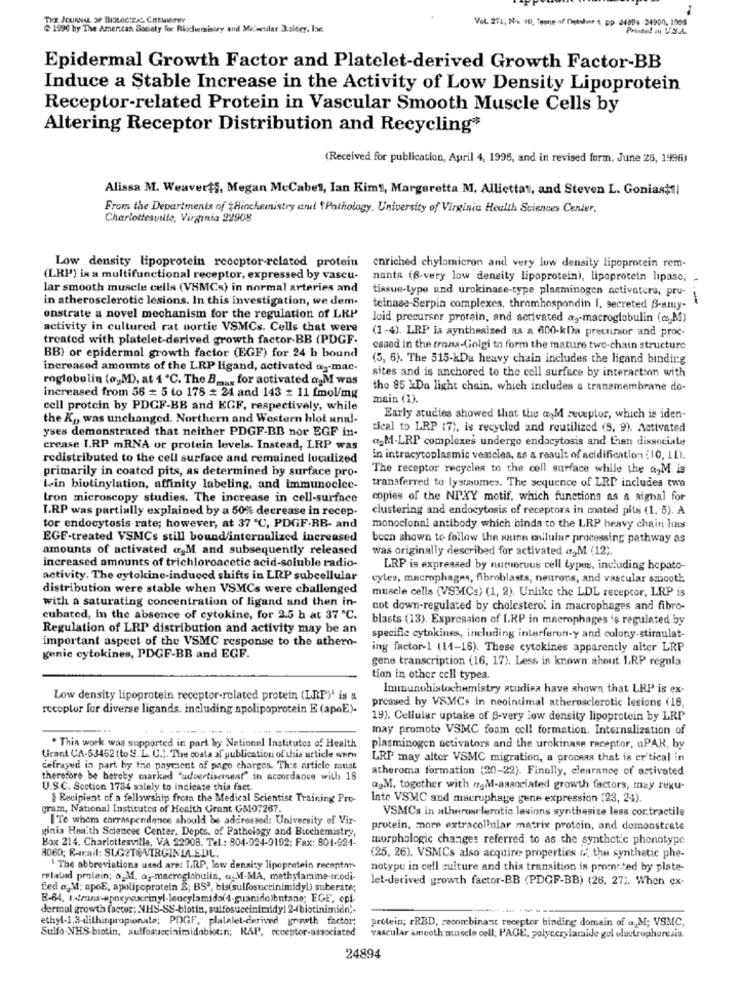
THE JOURNAL OF BIOLOGICAL. CHEMISTRY
Vel. 271, Nia ID, femme of fietshar 4, pp 21804 -24900, 1005
@ 1996 by The American Society for Riochemistry and Me'ncular Dolory. Ise.
Printed on VSA
Epidermal Growth Factor and Platelet-derived Growth Factor-BB
Induce a Stable Increase in the Activity of Low Density Lipoprotein
Receptor-related Protein in Vascular Smooth Muscle Cells by
Altering Receptor Distribution and Recycling*
(Received for publication, April 4, 1996, and in revised form. June 26, 1996)
Alissa M. Weaverts, Megan McCabel, Ian Kims, Margaretta M. Alliettas, and Steven L. Gonias;sl
From the Departments of Biochemistry anul Pathology. University of Virginia Health Sciences Center.
Charlottesville, Virginia 22908
Low density lipoprotein receptor-related protein
enriched chylamicron and very low density lipoprotein rem-
(LRP) is a multifunctional receptor, expressed by vascu-
nants (B-very low density lipoprotein), lipoprotein lipase, -
lar smooth muscle cells (VSMCs) in normal arteries and
in atherosclerotic lesions. In this investigation, we dem.
tissue-type und urokinase-type plasminogen activaters, pru-
1 .-
teinase-Serpin complexes, thramhospondin I. secreted S-amy-
onstrate a novel mechanism for the regulation of LRP
loid precursor protein, and activated a2-macroglobulin (c,M)
activity in cultured rat portie VSMCs. Cells that were
(1 -4). LRP is synthesized as a 600-kla precursor and proc-
treated with platelet-derived growth factor-BB (PDGF.
essed in the trans-Golgi to form the mature two-chain structure
BB) or epidermal growth factor (EGF) for 24 h bound
(5, 6). The 515-kDa heavy chain includes the ligand binding
increased amounts of the LRP ligand, activated ay-mac-
roglobulin (o, M), at 1 '℃. The B ___ for activated a.M was
sites and is anchored to the cell surface by interaction with
the 85 XDa light chain, which includes a transmembrane do-
increased from 56 = 5 to 178 # 24 and 143 z 11 fmol/mg
main (1).
cell protein by PDCF-BB and EGF, respectively, while
the Ky was unchanged. Northern and Western blot anal-
Early studies showed that the a M receptor, which is iden-
yses demonstrated that neither PDGF-BB nor EGF in-
seal to LRP (7), is recycled and reutilized (5, 9). Activated
«M-LRP complexes undergo endocytosis and then dissociate
crease I.RP mRNA or protein levels. Instead, LRP was
redistributed to the cell surface and remained lucalized
in intracytoplasmic vesicles, as a result of acidification (10, IL).
primarily in coated pits, as determined by surface pro-
The receptor recycles to the cell surface while the a,M is
lein biotinylation, affinity labeling, and immunoclec-
transferred to lysosomes. The sequence of LRP includes two
tron microscopy studies. The increase in cell-surface
copies of the NPXY motif, which functions as a signal for
LRP was partially explained by a 50% decrease in recep-
clustering and endocytosis of receptora in cated pits (1, 5). A
tor endocytosis rate; however, at 37 ℃, PDGF-RB- and
monocional antibody which binda to the LRP heavy chain has
EGE-treated VSMCs still bound/internalized increased
been shown to follow the same anilular processing pathway as
amounts of activated «,M and subsequently released
was originally described for activated a2M (12).
increased amounts of trichloroacetic acid-soluble radio-
LRP is expressed by numerous cell types, including hepato-
activity. The cytokine-induced shifts in LRP subcellular
cyles, macrophages, fibroblasts, neurons, and vascular smooth:
distribution were stable when VSMCs were challenged
muscle cells (VSMCs) (1, 2). Unlike the LDL receptor, LRP is
with a saturating concentration of ligand and then in-
not down-regulated by cholesterol in macrophages and fibro-
cubated, in the absence of cytokine, for 2.5 h at 37 ℃.
blasts (13). Expression of LRP in macrophages is regulated by
Regulation of LRP distribution and activity may be an
important aspect of the VSMC response to the athero-
specific cytokines, including interferon-y and colony-stiraulat-
ing factor-1 (11-16). These cytokines apparently alter LRP
genie cytokines, PDGF-BB and EGF.
gene transcription (16, 17). Less is known ahout LRP regula-
tion in other cell types.
Immunohistochemistry studiea have shown that LRP is ex-
Low density lipoprotein receptor-related protein (LRP)' is &
pressed by VSMCs in neointimal atherosclerotic lesions (18,
receptur for diverse ligands, including apolipoprotein E (apoE).
19). Cellular uptake of B-very low density lipoprotein by LRP
may promote VSMC foam cell formation. Internalization of
. This work was supported in part by National Institutes of Health
plasminogen activators and the urokinase receptor, uPAK, by
Grant CA-53452 (to S. L. U.). The coata of publication of this article sur
LRP may alter VSMC migration, a process that is er tical in
cefrayed in part by the payment of pago charges. This article must
atheroma formation (20-22). Finally, clearance of activated
therefore be hereby marked "advertisement" in accordance with 18
U.S.C. Section 1734 salely to indicate this fact.
ayM, together with ogM-associated growth factors, may regu-
§ Recipient of a fellowship from the Medical Scientist Training Pro-
late VSMC and macrophage gene expression (23, 2-4).
gram, National Institutes of Health Grant GM07267.
VSMCs in atherosclerotic lesions synthesize less contractile
ITo whom corraspendence should be addressed: University of Vir-
ginia Heaith Sciences Center, Depts. of Pathology and Biochemistry,
protein, more extracellular matrix protein, and demonstrate
Box 214. Charlottesville, VA 22908. Tel .: 804-024-9192; Fax: 804-921-
morphologic changes referred to as the synthetic phenotype
8060; R-rail: SUGET&VIRGINIA.EDU.
(25, 26). VSMCs also acquire properties of, the synthetic phe-
" The abbreviations used are: LIP, low density lipoprotein receptor-
notype in cell culture and this transition is promsted by plate-
related protein; a.M. az-macroglobulin, a M-MA, methylamine-trodi-
let-derived growth factor-BB (PDGF-BB) (26, 27). When ex-
fed a, M; apoE, apolipoprotein È; BS3, bis(sulfosuccinimidyl) suberste;
dermal growth factor; NHS-SS-blotin, sulfosuccinimidyl 2-biotinimidn ;.
ethyl-1,3-dlithinpropionate; PDGF, plalalet-derived growth factor;
protein; rRBD, recombinant receptor binding domain of a,M; VSMC,
Sulfo-NHS biotin, sulfoauceinimidobiotin; RAP, receptor-associated
vascular smooth muscle cell; PAGE, polyccrylaraide gel electrophoresis.
24894